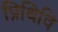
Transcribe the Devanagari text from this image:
प्रिथिवि